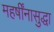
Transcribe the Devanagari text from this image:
महर्षींनासुद्धा